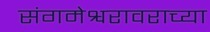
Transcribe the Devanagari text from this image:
संगमेश्वरावराच्या